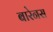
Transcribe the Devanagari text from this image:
बारेनस